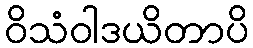
ဝိသံဝါဒယိတာပိ